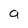
Character: a